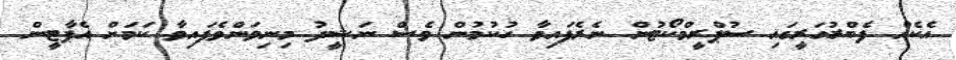
އެކެއް ފެބްރުއަރީގައި ސުޕްރީމްކޯޓުން ނެރެފައިވާ ހުކުމުން ވެސް ނަޝީދު މިނިވަންވެފައިވާ ކަމަށް އެޕާޓީން